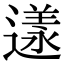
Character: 𨖌